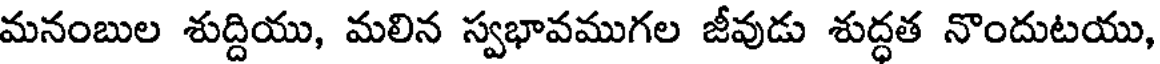
మనంబుల శుద్దియు, మలిన స్వభావముగల జీవుడు శుద్ధత నొందుటయు,